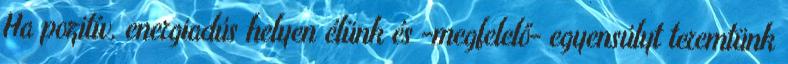
Ha pozitív, energiadús helyen élünk és -megfelelő- egyensúlyt teremtünk